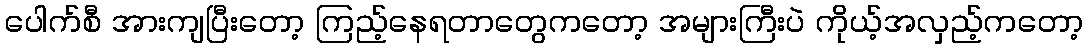
ပေါက်စီ အားကျပြီးတော့ ကြည့်နေရတာတွေကတော့ အများကြီးပဲ ကိုယ့်အလှည့်ကတော့